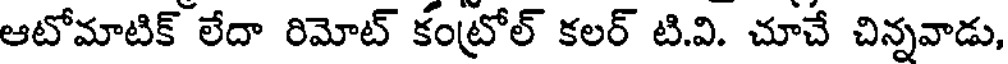
ఆటోమాటిక్ లేదా రిమోట్ కంట్రోల్ కలర్ టి.వి. చూచే చిన్నవాడు,